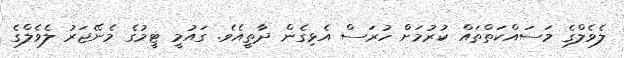
ލެވެލްގެ މަސައްކަތްތައް ކުރުމަށް ހުރަސް އެޅިގެން ދާތީއެވެ. ގައުމީ ޓީމުގެ މެނޭޖަރު ލެވެލްގެ